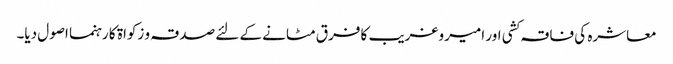
معاشرہ کی فاقہ کشی اور امیر وغریب کا فرق مٹانے کے لئے صدقہ و زکواۃ کا رہنما اصول دیا۔